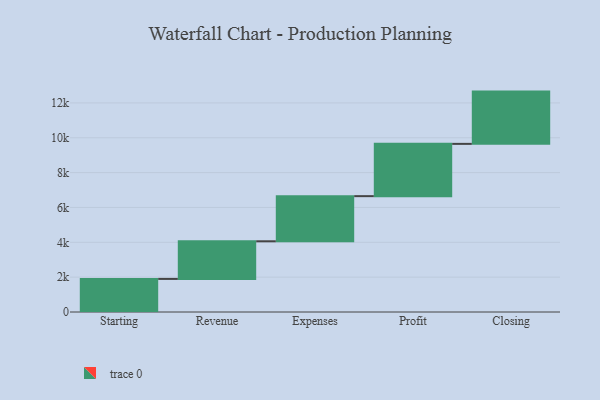
{"axis": {"x": "Step", "y": "Value"}, "legend": [""], "data": [{"x": "Starting", "y": 1899.0, "type": ""}, {"x": "Revenue", "y": 2159.0, "type": ""}, {"x": "Expenses", "y": 2591.0, "type": ""}, {"x": "Profit", "y": 3000, "type": ""}, {"x": "Closing", "y": 3000, "type": ""}]}